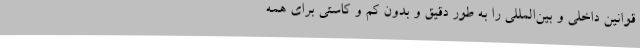
قوانین داخلی و بین‌المللی را به طور دقیق و بدون کم و کاستی برای همه